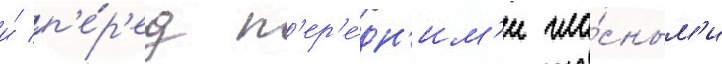
и́ п'е́р'ед п'ер'е́дн'им'и гла́сным'и